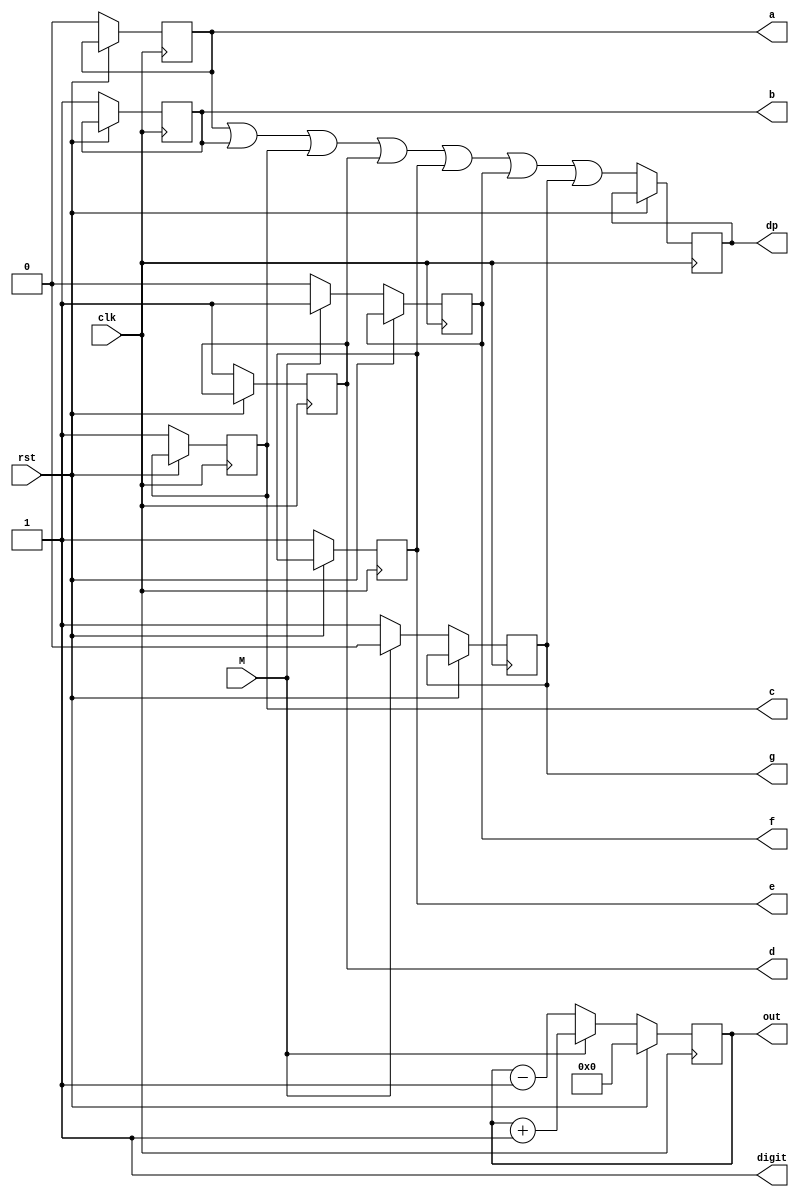
`timescale 1ns / 1ps

module inv(clk,rst,M,out,a,b,c,d,e,f,g,dp,digit);
input clk,rst,M;
output [3:0]out;
output a,b,c,d,e,f,g, dp, digit;
reg [3:0]out;
reg a,b,c,d,e,f,g,dp, digit;

initial begin
out = 4'b0000;
digit = 1'b1;
a = 0;
b = 0;
c = 0;
d = 0;
e = 0;
f = 0;
g = 0;
dp = 0;
end

always @(posedge clk) begin 
if(rst) out <= 4'b0000;
else if(M) begin
    a <= 1'b0;
    b <= 1'b1;
    c <= 1'b1;
    d <= 1'b1;
    e <= 1'b1;
    f <= 1'b1;
    g <= 1'b0;
    dp <= a | b | c | d | e | f | g;
    out <= out + 4'b0001;
end
else begin
    a <= 0;
    b <= 1;
    c <= 1;
    d <= 1;
    e <= 1;
    f <= 0;
    g <= 1;
    dp <= a | b | c | d | e | f | g;
    out <= out - 4'b0001;
end 
end
endmodule